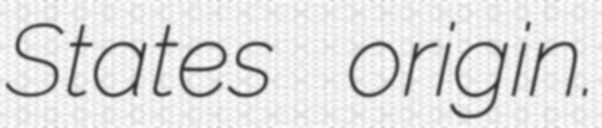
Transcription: States origin.